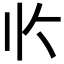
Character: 𰀢